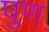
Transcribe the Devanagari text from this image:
घुण